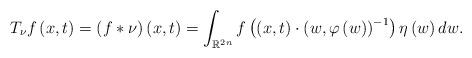
LaTeX: \begin{align*}T_{\nu }f\left( x,t\right) =\left( f\ast \nu \right) \left( x,t\right)=\int_{\mathbb{R}^{2n}}f\left( \left( x,t\right) \cdot \left( w,\varphi\left( w\right) \right) ^{-1}\right) \eta \left( w\right) dw. \end{align*}